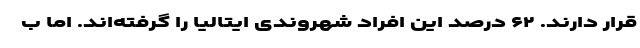
قرار دارند. ۶۲ درصد این افراد شهروندی ایتالیا را گرفته‌اند. اما ب